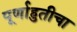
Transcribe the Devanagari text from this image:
पूर्णाहुतीचा